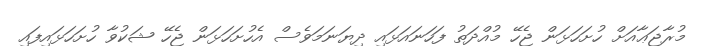
މުރާޖަޢާއަށް ހުށަހަޅަން ޖެހޭ މުއްދަތު ފަހަނައަޅައި ދިޔަނަމަވެސް އެހުށަހަޅަން ޖެހޭ ޝަކުވާ ހުށަހަޅައިފައި